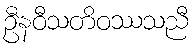
ဦနဝီသတိဝဿသညီ